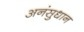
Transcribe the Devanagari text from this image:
अनंसुधान